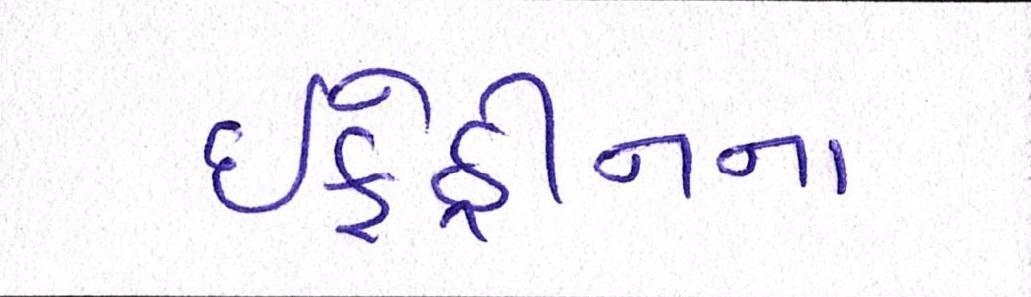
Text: ઇફેડ્રીનના